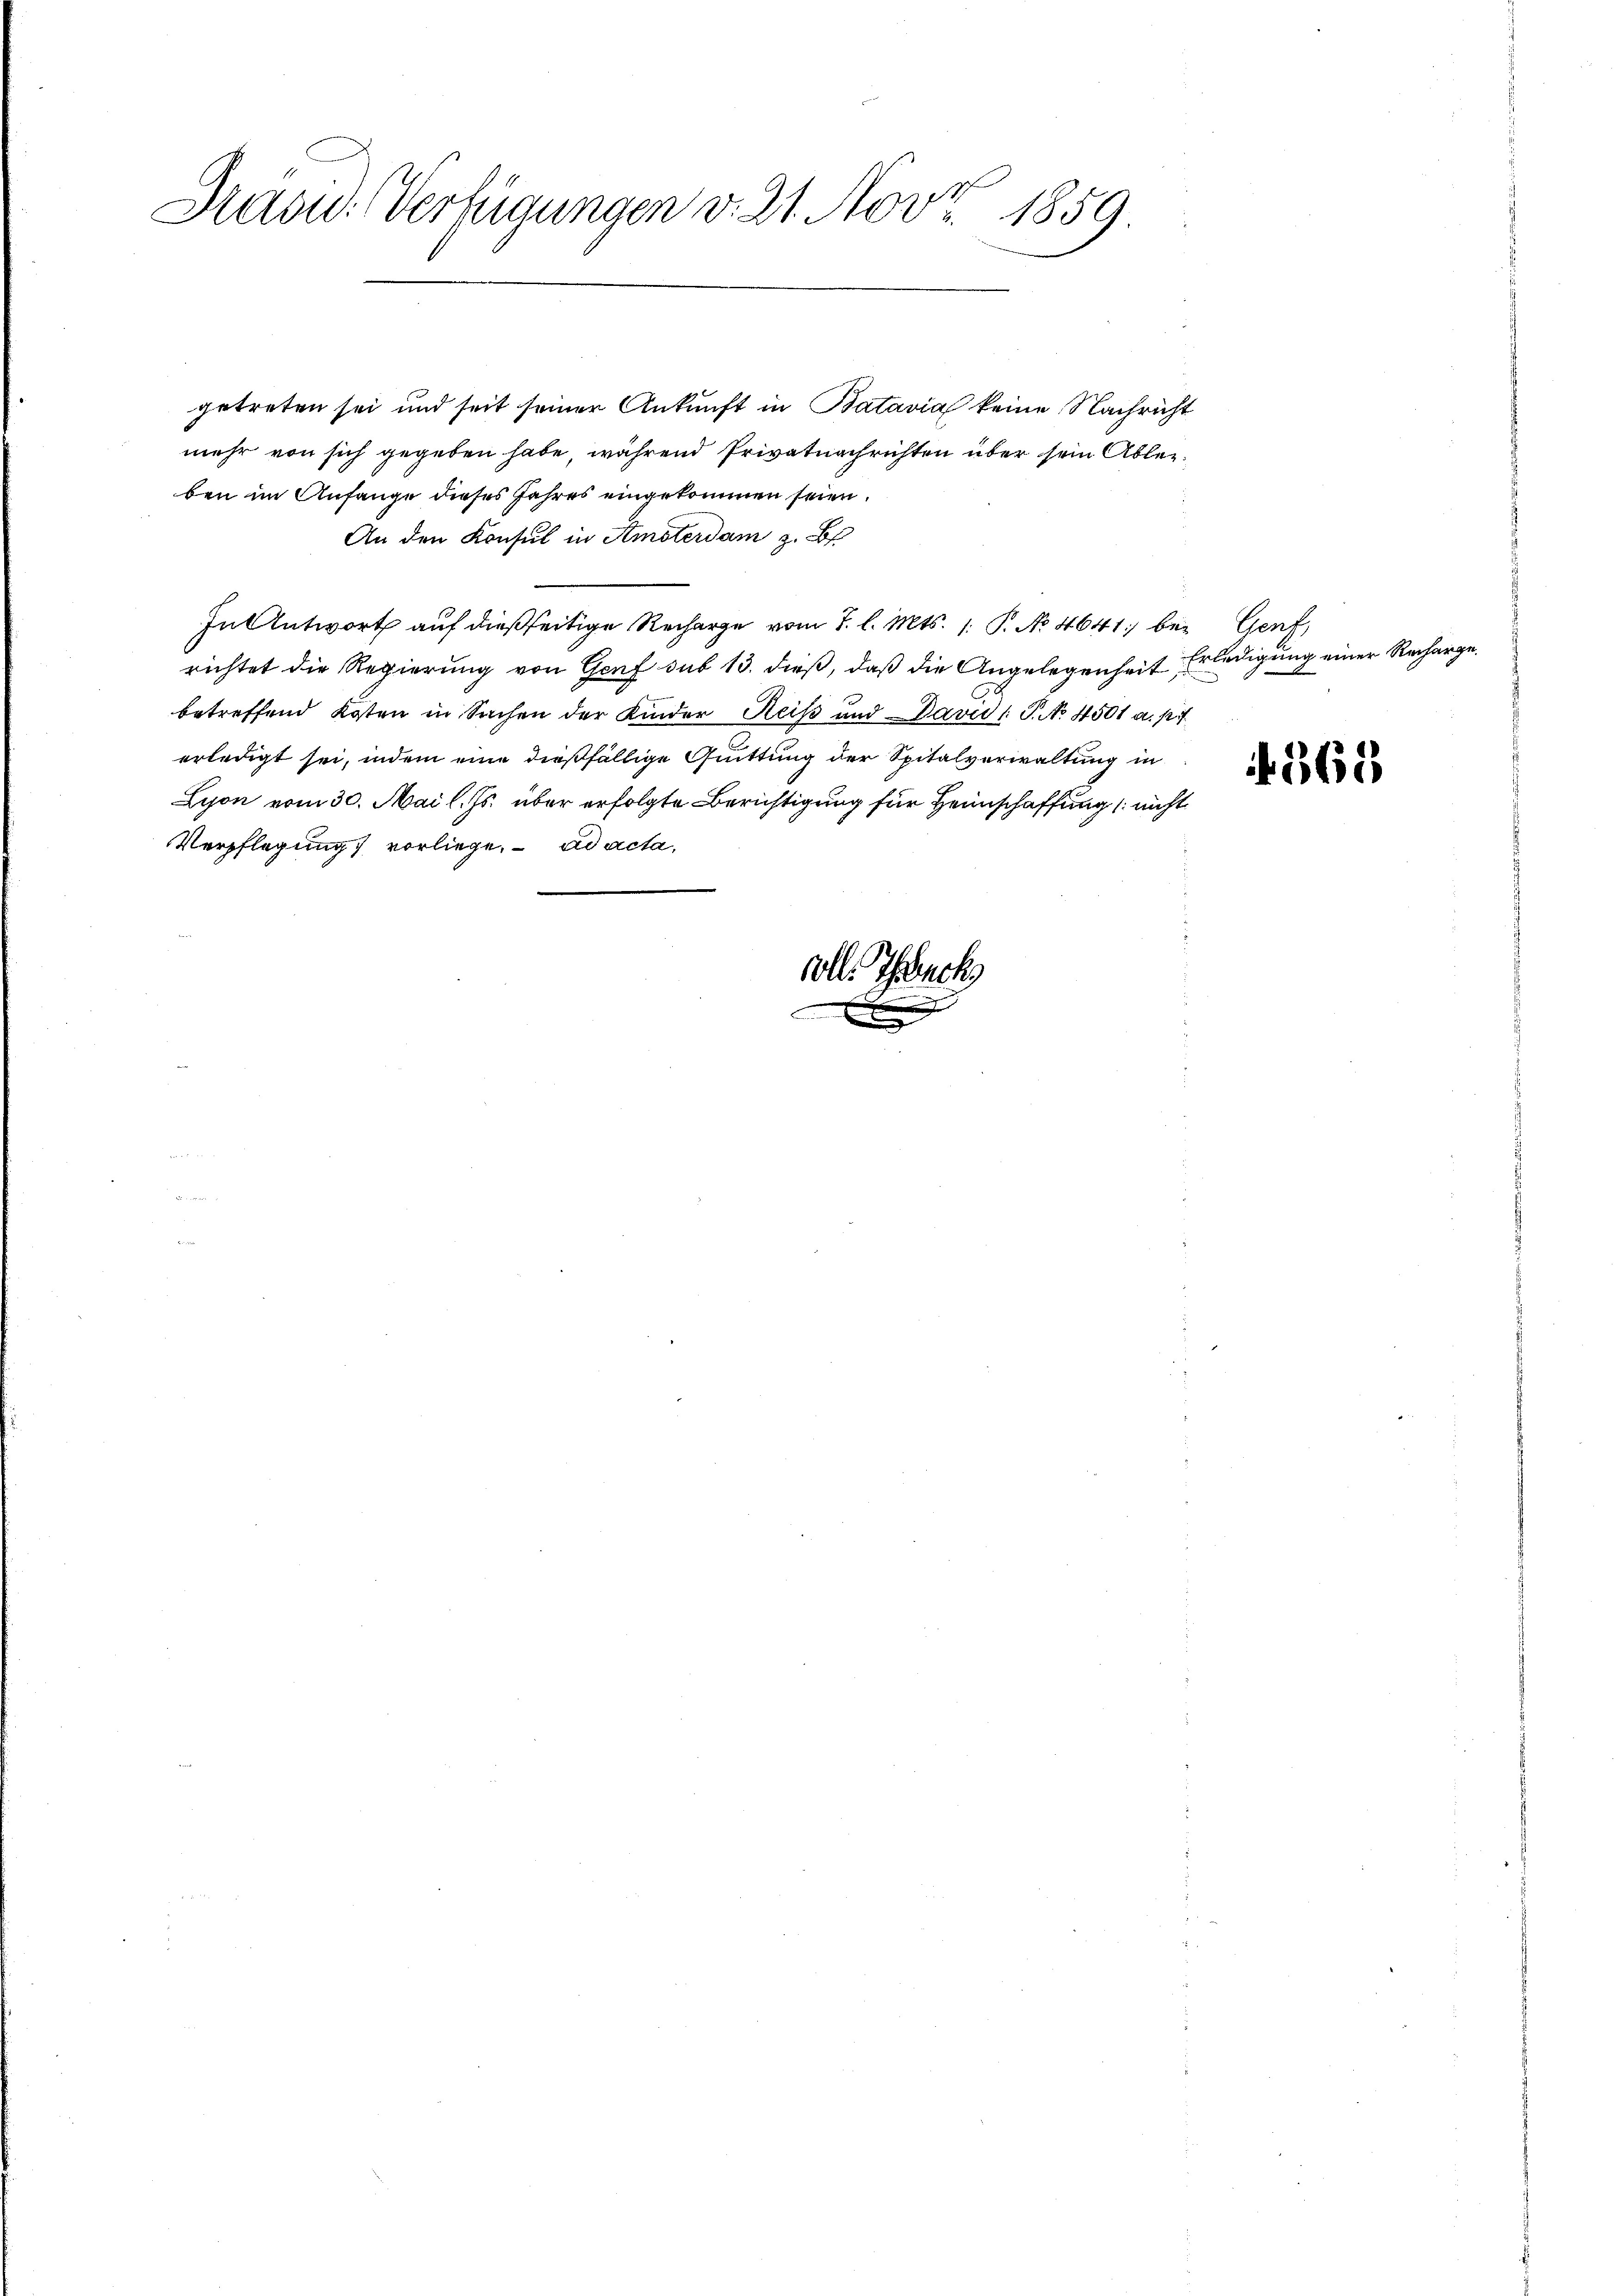
Hasid. Verfügungen v. 21. Nov. 1859.

getreten sei und seit seiner Ankunft in Batavia keine Nachricht
mehr von sich gegeben habe, während Privatnachrichten über sein Ableiben im Anfange dieses Jahres eingekommen seien.
An den Konsul in Amsterdam z. B.
In Antwort auf dießseitige Recharge vom 7. l. Mts. 1. P. No 4641) bei Genf,
richtet die Regierung von Genf sub 13. dieß, daß die Angelegenheit
betreffend Kosten in Sachen der Kinder Reiss und David S. No. 4501 a. p.
erledigt sei, indem eine dießfällige Quittung der Spitalverwaltung in
Lijon vom 30. Mai l. Js. über erfolgte Berichtigung für Heimschaffung nicht
Verpflegung vorliege. ad acta,
voll. Teuch
e

Erledigung einer Recharge.

4368